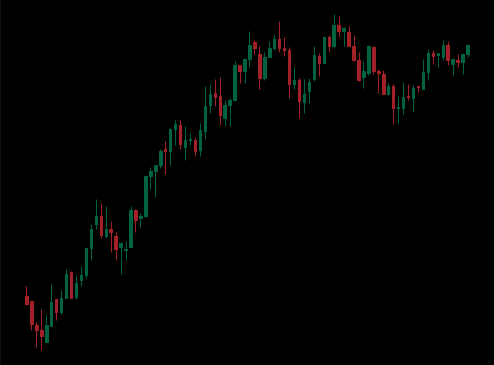
Pattern: unclassified